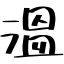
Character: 溫